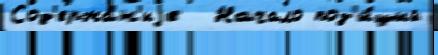
Сод'ержа́н'иjе  Начало поз'и́ций